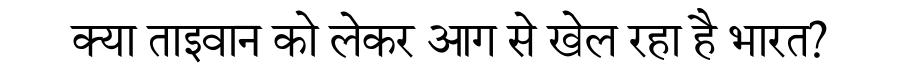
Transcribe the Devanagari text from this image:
क्या ताइवान को लेकर आग से खेल रहा है भारत?